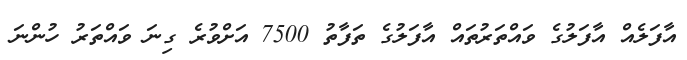
އާފަލެއް އާފަލުގެ ވައްތަރުތައް އާފަލުގެ ތަފާތު 7500 އަށްވުރެ ގިނަ ވައްތަރު ހުންނަ